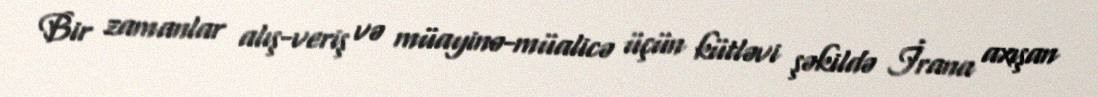
Bir zamanlar alış-veriş və müayinə-müalicə üçün kütləvi şəkildə İrana axışan